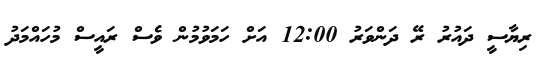
ރިޔާސީ ދައުރު ރޭ ދަންވަރު 12:00 އަށް ހަމަވުމުން ވެސް ރައީސް މުހައްމަދު